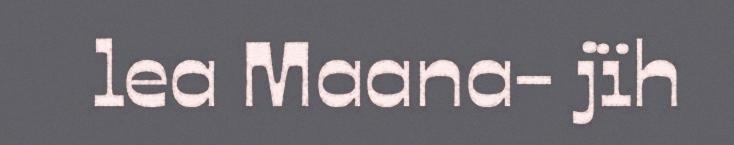
lea Maana- jïh